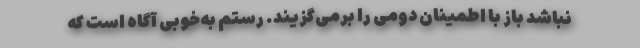
نباشد باز با اطمینان دومی را برمی‌گزیند. رستم به‌خوبی آگاه است که